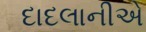
દાદલાનીએ